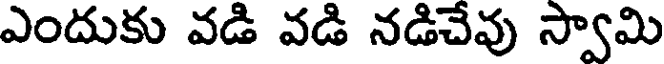
ఎందుకు వడి వడి నడిచేవు స్వామి